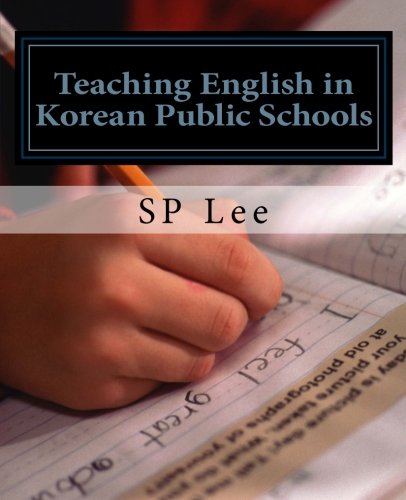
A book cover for Teaching English in Korean Public Schools: A Practical Guide; SP Lee; Travel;